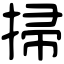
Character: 掃